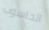
الحاسوب